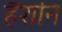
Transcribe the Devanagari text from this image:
हैंशनि